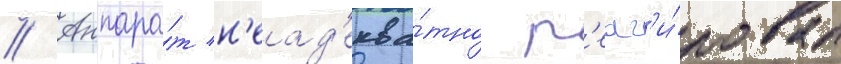
// Аппара́т н'еад'еква́тно р'еаг'и́ровал